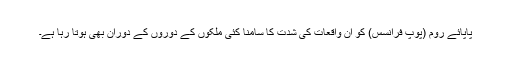
پاپائے روم (پوپ فرانسس) کو ان واقعات کی شدت کا سامنا کئی ملکوں کے دوروں کے دوران بھی ہوتا رہا ہے۔